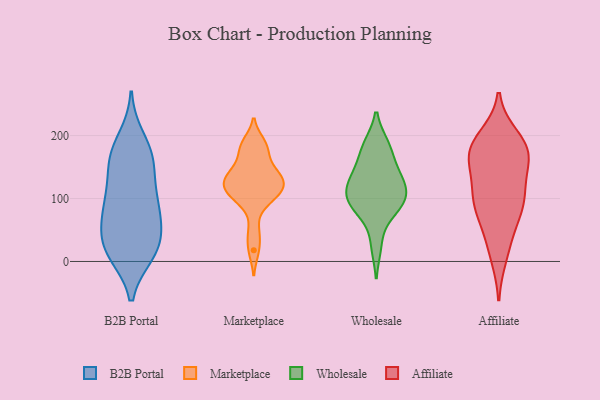
{"axis": {"x": "Page Views", "y": "Value"}, "legend": ["Affiliate", "B2B Portal", "Marketplace", "Wholesale"], "data": [{"x": "", "y": 163, "type": "B2B Portal"}, {"x": "", "y": 97, "type": "B2B Portal"}, {"x": "", "y": 21, "type": "B2B Portal"}, {"x": "", "y": 13, "type": "B2B Portal"}, {"x": "", "y": 64, "type": "B2B Portal"}, {"x": "", "y": 195, "type": "B2B Portal"}, {"x": "", "y": 75, "type": "B2B Portal"}, {"x": "", "y": 48, "type": "B2B Portal"}, {"x": "", "y": 13, "type": "B2B Portal"}, {"x": "", "y": 158, "type": "B2B Portal"}, {"x": "", "y": 26, "type": "B2B Portal"}, {"x": "", "y": 117, "type": "B2B Portal"}, {"x": "", "y": 163, "type": "B2B Portal"}, {"x": "", "y": 81, "type": "B2B Portal"}, {"x": "", "y": 103, "type": "B2B Portal"}, {"x": "", "y": 21, "type": "B2B Portal"}, {"x": "", "y": 171, "type": "B2B Portal"}, {"x": "", "y": 139, "type": "Marketplace"}, {"x": "", "y": 122, "type": "Marketplace"}, {"x": "", "y": 149, "type": "Marketplace"}, {"x": "", "y": 100, "type": "Marketplace"}, {"x": "", "y": 129, "type": "Marketplace"}, {"x": "", "y": 111, "type": "Marketplace"}, {"x": "", "y": 139, "type": "Marketplace"}, {"x": "", "y": 182, "type": "Marketplace"}, {"x": "", "y": 187, "type": "Marketplace"}, {"x": "", "y": 177, "type": "Marketplace"}, {"x": "", "y": 47, "type": "Marketplace"}, {"x": "", "y": 115, "type": "Marketplace"}, {"x": "", "y": 18, "type": "Marketplace"}, {"x": "", "y": 122, "type": "Marketplace"}, {"x": "", "y": 96, "type": "Marketplace"}, {"x": "", "y": 81, "type": "Wholesale"}, {"x": "", "y": 92, "type": "Wholesale"}, {"x": "", "y": 122, "type": "Wholesale"}, {"x": "", "y": 139, "type": "Wholesale"}, {"x": "", "y": 25, "type": "Wholesale"}, {"x": "", "y": 185, "type": "Wholesale"}, {"x": "", "y": 162, "type": "Wholesale"}, {"x": "", "y": 136, "type": "Wholesale"}, {"x": "", "y": 185, "type": "Wholesale"}, {"x": "", "y": 99, "type": "Wholesale"}, {"x": "", "y": 114, "type": "Wholesale"}, {"x": "", "y": 111, "type": "Wholesale"}, {"x": "", "y": 83, "type": "Wholesale"}, {"x": "", "y": 106, "type": "Affiliate"}, {"x": "", "y": 196, "type": "Affiliate"}, {"x": "", "y": 168, "type": "Affiliate"}, {"x": "", "y": 178, "type": "Affiliate"}, {"x": "", "y": 83, "type": "Affiliate"}, {"x": "", "y": 174, "type": "Affiliate"}, {"x": "", "y": 10, "type": "Affiliate"}, {"x": "", "y": 161, "type": "Affiliate"}, {"x": "", "y": 182, "type": "Affiliate"}, {"x": "", "y": 72, "type": "Affiliate"}, {"x": "", "y": 109, "type": "Affiliate"}, {"x": "", "y": 89, "type": "Affiliate"}, {"x": "", "y": 115, "type": "Affiliate"}, {"x": "", "y": 171, "type": "Affiliate"}, {"x": "", "y": 32, "type": "Affiliate"}]}